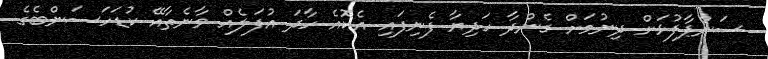
ސަންޕާފުޅަށް ދިނުމަށް ގެންދާ ހަދިޔާ ފެނިފައި އެކޮއެ ހާދަ އުފަލެއް ވާނެތާއޭ ކުޑަހަސަންބެގެ